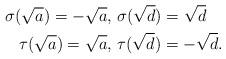
LaTeX: \begin{align*} \sigma(\sqrt{a})=-\sqrt{a},\ &\sigma(\sqrt{d})=\sqrt{d}\\ \tau(\sqrt{a})=\sqrt{a},\ &\tau(\sqrt{d})=-\sqrt{d}.\end{align*}